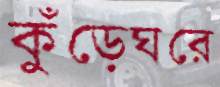
কুঁড়েঘরে